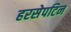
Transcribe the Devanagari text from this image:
हरसेपटिन